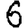
Digit: 6